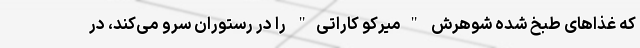
که غذاهای طبخ شده شوهرش "میرکو کاراتی" را در رستوران سرو می‌کند، در